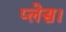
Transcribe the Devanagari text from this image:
प्‍लेस।